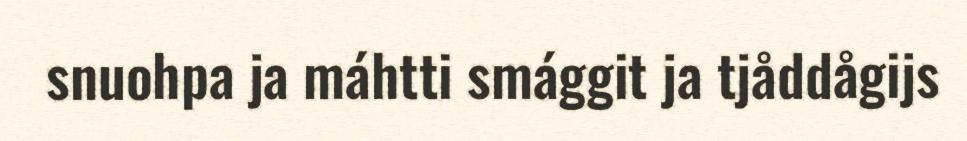
snuohpa ja máhtti smággit ja tjåddågijs